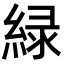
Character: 緑